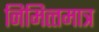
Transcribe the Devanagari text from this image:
निमित्‍तमात्र